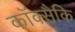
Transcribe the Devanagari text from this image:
कॉक्सैकि